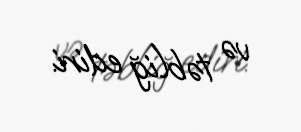
və təbliğ ediri.